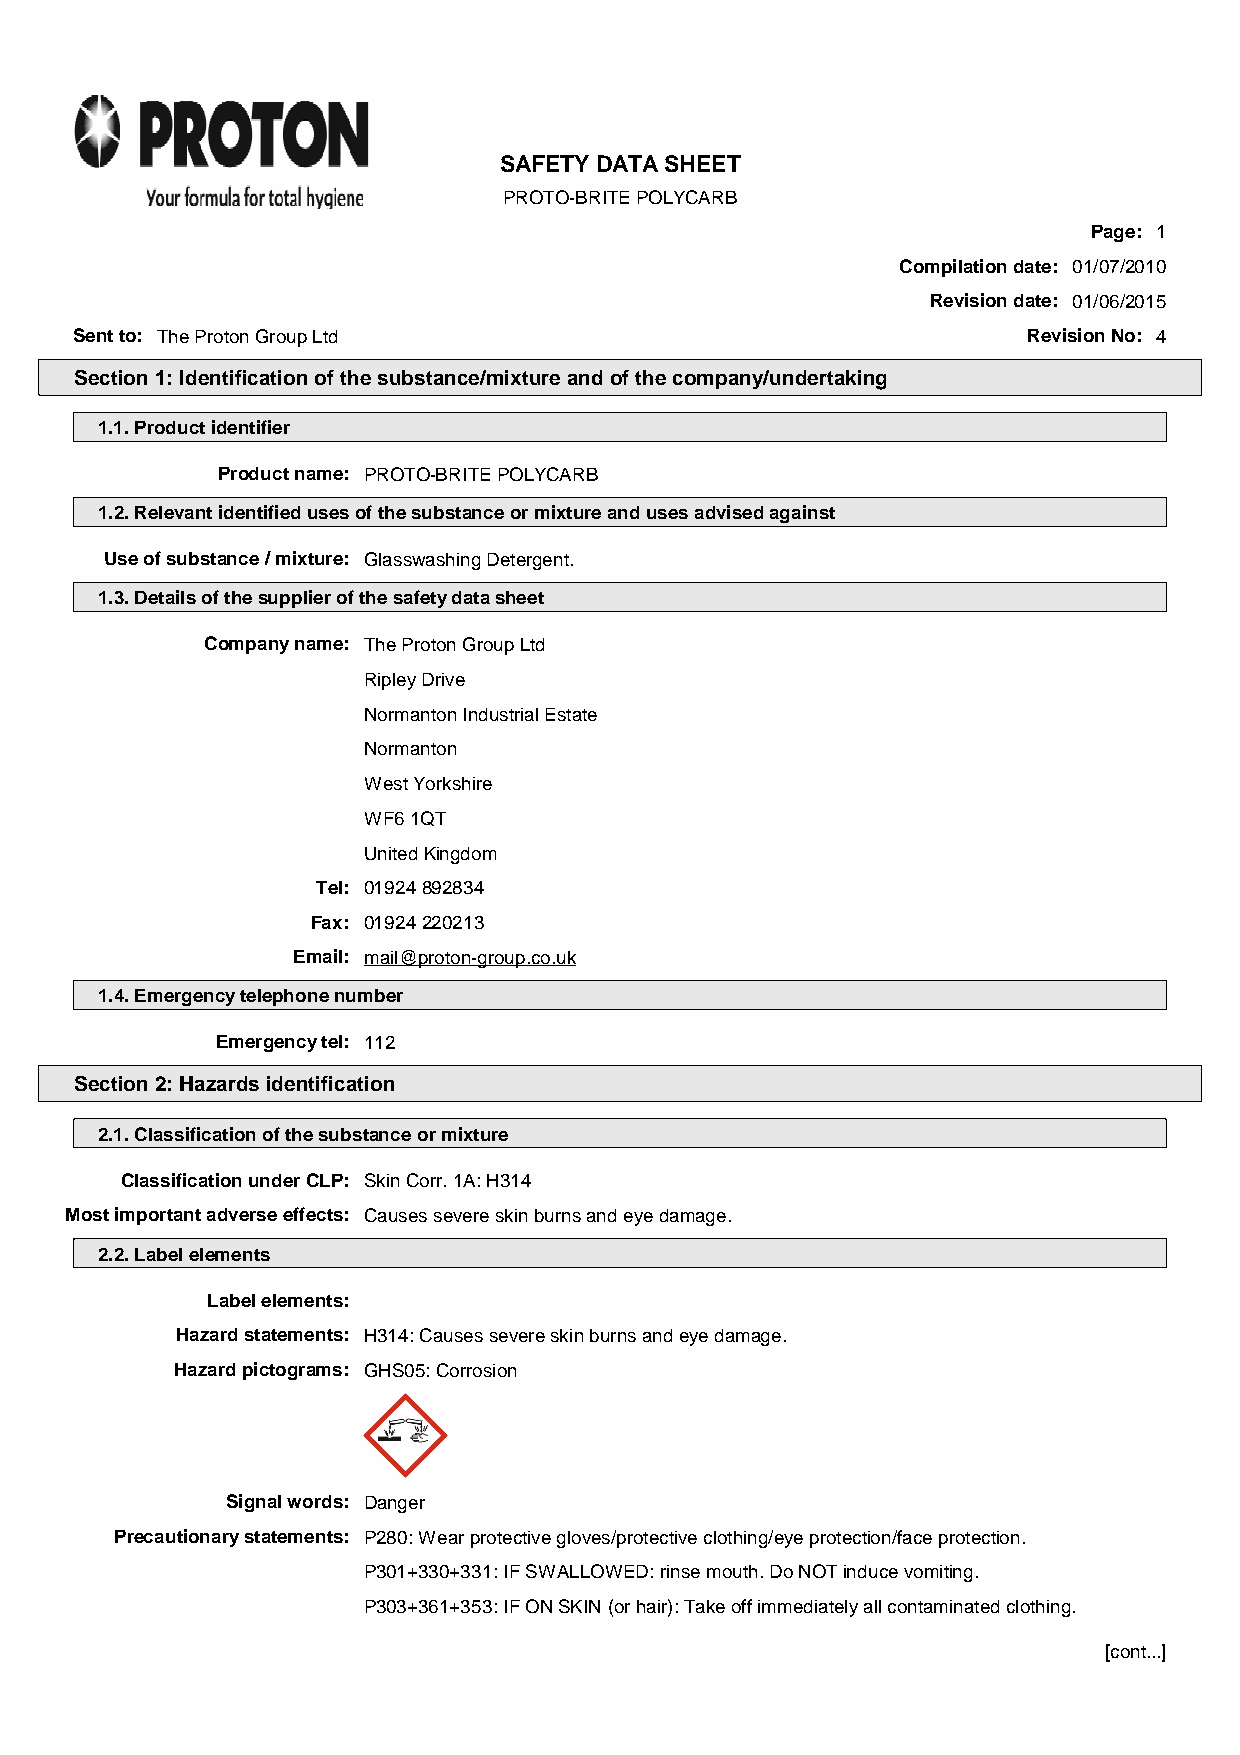
SAFETY DATA SHEET
 PROTO-BRITE POLYCARB
 Page: 1
 Compilation date: 01/07/2010
 Revision date: 01/06/2015
 Sent to: The Proton Group Ltd                                  Revision No: 4
 Section 1: Identification of the substance/mixture and of the company/undertaking
 1.1. Product identifier
 Product name: PROTO-BRITE POLYCARB
 1.2. Relevant identified uses of the substance or mixture and uses advised against
 Use of substance / mixture: Glasswashing Detergent.
 1.3. Details of the supplier of the safety data sheet
 Company name: The Proton Group Ltd
 Ripley Drive
 Normanton Industrial Estate
 Normanton
 West Yorkshire
 WF6 1QT
 United Kingdom
 Tel: 01924 892834
 Fax: 01924 220213
 Email: mail@proton-group.co.uk
 1.4. Emergency telephone number
 Emergency tel: 112
 Section 2: Hazards identification
 2.1. Classification of the substance or mixture
 Classification under CLP: Skin Corr. 1A: H314
 Most important adverse effects: Causes severe skin burns and eye damage.
 2.2. Label elements
 Label elements:
 Hazard statements: H314: Causes severe skin burns and eye damage.
 Hazard pictograms: GHS05: Corrosion
 Signal words: Danger
 Precautionary statements: P280: Wear protective gloves/protective clothing/eye protection/face protection.
 P301+330+331: IF SWALLOWED: rinse mouth. Do NOT induce vomiting.
 P303+361+353: IF ON SKIN (or hair): Take off immediately all contaminated clothing.
 [cont...]